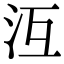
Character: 沍